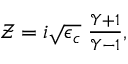
\begin{array} { r } { \mathcal { Z } = i \sqrt { \epsilon _ { c } } \; \frac { \mathcal { Y } + 1 } { \mathcal { Y } - 1 } , } \end{array}